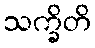
သက္ခိတိ